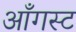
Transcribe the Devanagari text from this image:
आँगस्ट